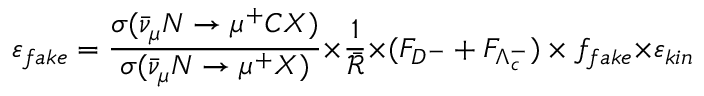
\varepsilon _ { f a k e } = \frac { \sigma ( \bar { \nu } _ { \mu } N \rightarrow \mu ^ { + } C X ) } { \sigma ( \bar { \nu } _ { \mu } N \rightarrow \mu ^ { + } X ) } { \times } \frac { 1 } { \bar { \mathcal { R } } } { \times } ( F _ { D ^ { - } } + F _ { \Lambda _ { c } ^ { - } } ) \times f _ { f a k e } { \times } \varepsilon _ { k i n }